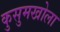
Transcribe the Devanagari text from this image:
कुसुमखोला